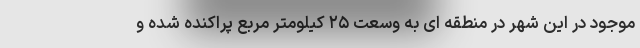
موجود در این شهر در منطقه ای به وسعت ۲۵ کیلومتر مربع پراکنده شده و